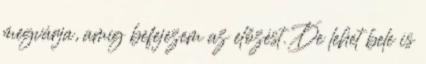
megvárja, amíg befejezem az előzést. De lehet bele is